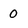
Character: 0